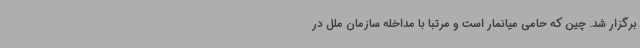
برگزار شد. چین که حامی میانمار است و مرتبا با مداخله سازمان ملل در